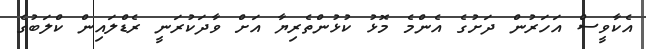
އެކާވީސް އަހަރުން ދަށުގެ އެންމެ މޮޅު ކުޅުންތެރިޔާ އަށް ވާދަކުރަނީ ރެޑްލައިން ކްލަބުގެ